Calcutta medical institutions reports 1879-81 [i.e.91]
Year: 1879
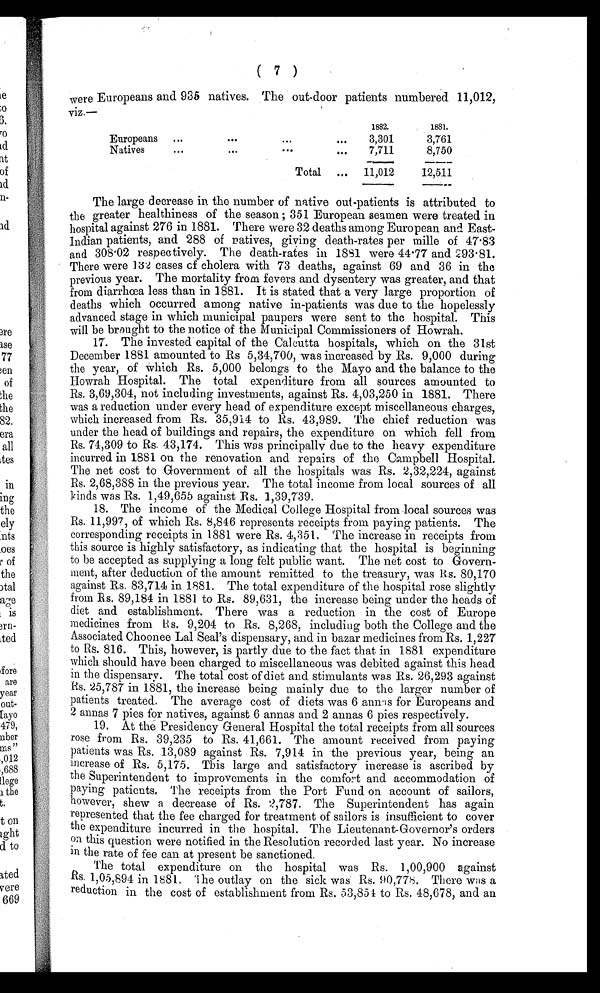
( 7)
were Europeans and 935 natives. The out-door patients numbered 11,012,
viz.—
1882.
1881.
Europeans ... ...
...
...
3,301
3,761
Natives
. . .
. . .
...
...
7,711
8,750
Total ... 11,012
12,511
The large decrease in the number of native out-patients is attributed to
the greater healthiness of the season ; 351 European seamen were treated in
hospital against 276 in 1881. There were 32 deaths among European and East-
Indian patients, and 288 of natives, giving death-rates per mille of 47.83
a n d 3 0 8 . 0 2 r e s p e c t i v e l y . T h e d e a t h - r a t e s i n 1 8 8 1 w e r e 4 4 . 7 7 a n d 2 9 3 . 8 1 .
There were 132 cases of cholera with 73 deaths, against 69 and 36 in the
previous year. The mortality from fevers and dysentery was greater, and that
from diarrhœa less than in 1881. It is stated that a very large proportion of
deaths which occurred among native in-patients was due to the hopelessly
advanced stage in which municipal paupers were sent to the hospital. This
will be brought to the notice of the Municipal Commissioners of Howrah.
17. The invested capital of the Calcutta hospitals, which on the 31st
December 1881 amounted to Rs 5,34,700, was increased by Rs. 9,000 during
the year, of which Rs. 5,000 belongs to the Mayo and the balance to the
Howrah Hospital. The total expenditure from all sources amounted to
Rs. 3,69,304, not including investments, against Rs. 4,03,250 in 1881. There
was a reduction under every head of expenditure except miscellaneous charges,
which increased from Rs. 35,914 to Rs. 43,989. The chief reduction was
under the head of buildings and repairs, the expenditure on which fell from
Rs. 74,309 to Rs. 43,174. This was principally due to the heavy expenditure
incurred in 1881 on the renovation and repairs of the Campbell Hospital.
The net cost to Government of all the hospitals was Rs. 2,32,224, against
Rs. 2,68,388 in the previous year. The total income from local sources of all
kinds was Rs. 1,49,655 against Rs. 1,39,739.
18. The income of the Medical College Hospital from local sources was
Rs. 11,997, of which Rs. 8,846 represents receipts from paying patients. The
corresponding receipts in 1881 were Rs. 4,351. The increase in receipts from
this source is highly satisfactory, as indicating that the hospital is beginning
to be accepted as supplying a long felt public want. The net cost to Govern-
ment, after deduction of the amount remitted to the treasury, was Rs. 80,170
against Rs. 83,714 in 1881. The total expenditure of the hospital rose slightly
from Rs. 89,184 in 1881 to Rs. 89,631, the increase being under the heads of
diet and establishment. There was a reduction in the cost of Europe
medicines from Rs. 9,204 to Rs. 8 , 268 , including both the College and the
Associated Choonee Lal Seal's dispensary, and in bazar medicines from Rs. 1,227
to Rs. 816. This, however, is partly due to the fact that in 1881 expenditure
which should have been charged to miscellaneous was debited against this head
in the dispensary. The total cost of diet and stimulants was Rs. 26,293 against
Rs. 25,787 in 1881, the increase being mainly due to the larger number of
patients treated. The average cost of diets was 6 annas for Europeans and
2 annas 7 pies for natives, against 6 annas and 2 annas 6 pies respectively.
19. At the Presidency General Hospital the total receipts from all sources
rose from Rs. 39,235 to Rs. 41,661. The amount received from paying
patients was Rs. 13,089 against Rs. 7,914 in the previous year, being an
increase of Rs. 5,175. This large and satisfactory increase is ascribed by
the Superintendent to improvements in the comfort and accommodation of
Paying patients. The receipts from the Port Fund on account of sailors,
however, shew a decrease of Rs. 2,787. The Superintendent has again
represented that the fee charged for treatment of sailors is insufficient to cover
the expenditure incurred in the hospital. The Lieutenant-Governor's orders
on this question were notified in the Resolution recorded last year. No increase
in the rate of fee can at present be sanctioned.
The total expenditure on the hospital was Rs. 1,00,900 against
Rs. 1,05,894 in 1881. The outlay on the sick was Rs. 90,778. There was a
reduction in the cost of establishment from Rs. 53,851 to Rs. 48,678, and an